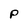
Character: P